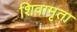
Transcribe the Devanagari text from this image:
शिवामृता